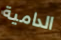
الدامية